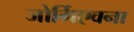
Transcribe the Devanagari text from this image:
जोर्गिएवना